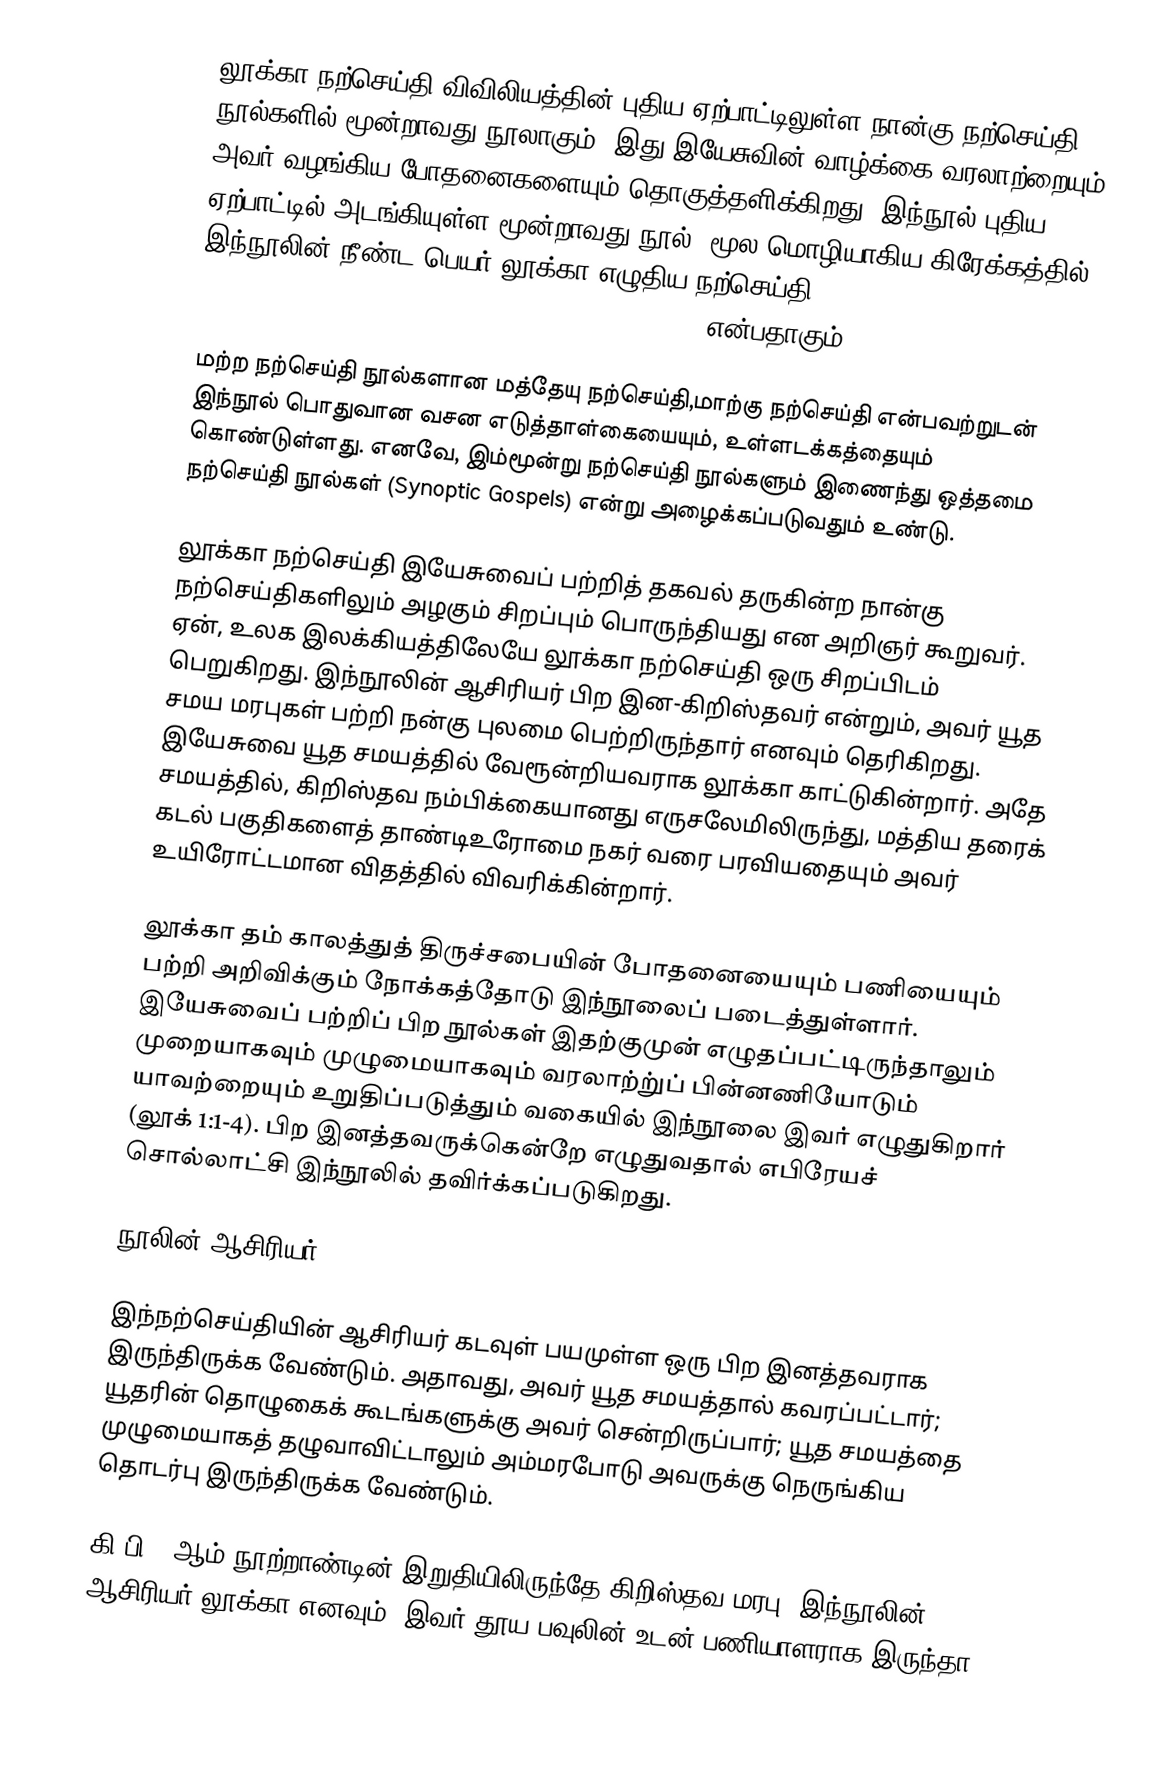
லூக்கா நற்செய்தி விவிலியத்தின் புதிய ஏற்பாட்டிலுள்ள நான்கு நற்செய்தி நூல்களில் மூன்றாவது நூலாகும். இது இயேசுவின் வாழ்க்கை வரலாற்றையும் அவர் வழங்கிய போதனைகளையும் தொகுத்தளிக்கிறது. இந்நூல் புதிய ஏற்பாட்டில் அடங்கியுள்ள மூன்றாவது நூல். மூல மொழியாகிய கிரேக்கத்தில் இந்நூலின் நீண்ட பெயர் லூக்கா எழுதிய நற்செய்தி, Κατὰ Λουκᾶν εὐαγγέλιον(Kata Loukan Euangelion = The Gospel according to Luke), என்பதாகும்.

மற்ற நற்செய்தி நூல்களான மத்தேயு நற்செய்தி,மாற்கு நற்செய்தி என்பவற்றுடன் இந்நூல் பொதுவான வசன எடுத்தாள்கையையும், உள்ளடக்கத்தையும் கொண்டுள்ளது. எனவே, இம்மூன்று நற்செய்தி நூல்களும் இணைந்து ஒத்தமை நற்செய்தி நூல்கள் (Synoptic Gospels)  என்று அழைக்கப்படுவதும் உண்டு.

லூக்கா நற்செய்தி இயேசுவைப் பற்றித் தகவல் தருகின்ற நான்கு நற்செய்திகளிலும் அழகும் சிறப்பும் பொருந்தியது என அறிஞர் கூறுவர். ஏன், உலக இலக்கியத்திலேயே லூக்கா நற்செய்தி ஒரு சிறப்பிடம் பெறுகிறது. இந்நூலின் ஆசிரியர் பிற இன-கிறிஸ்தவர் என்றும், அவர் யூத சமய மரபுகள் பற்றி நன்கு புலமை பெற்றிருந்தார் எனவும் தெரிகிறது. இயேசுவை யூத சமயத்தில் வேரூன்றியவராக லூக்கா காட்டுகின்றார். அதே சமயத்தில், கிறிஸ்தவ நம்பிக்கையானது எருசலேமிலிருந்து, மத்திய தரைக் கடல் பகுதிகளைத் தாண்டிஉரோமை நகர் வரை பரவியதையும் அவர் உயிரோட்டமான விதத்தில் விவரிக்கின்றார்.

லூக்கா தம் காலத்துத் திருச்சபையின் போதனையையும் பணியையும் பற்றி அறிவிக்கும் நோக்கத்தோடு இந்நூலைப் படைத்துள்ளார். இயேசுவைப் பற்றிப் பிற நூல்கள் இதற்குமுன் எழுதப்பட்டிருந்தாலும் முறையாகவும் முழுமையாகவும் வரலாற்று்ப் பின்னணியோடும் யாவற்றையும் உறுதிப்படுத்தும் வகையில் இந்நூலை இவர் எழுதுகிறார் (லூக் 1:1-4). பிற இனத்தவருக்கென்றே எழுதுவதால் எபிரேயச் சொல்லாட்சி இந்நூலில் தவிர்க்கப்படுகிறது.

நூலின் ஆசிரியர்

இந்நற்செய்தியின் ஆசிரியர் கடவுள் பயமுள்ள ஒரு பிற இனத்தவராக இருந்திருக்க வேண்டும். அதாவது, அவர் யூத சமயத்தால் கவரப்பட்டார்; யூதரின் தொழுகைக் கூடங்களுக்கு அவர் சென்றிருப்பார்; யூத சமயத்தை முழுமையாகத் தழுவாவிட்டாலும் அம்மரபோடு அவருக்கு நெருங்கிய தொடர்பு இருந்திருக்க வேண்டும்.

கி.பி. 2ஆம் நூற்றாண்டின் இறுதியிலிருந்தே கிறிஸ்தவ மரபு, இந்நூலின் ஆசிரியர் லூக்கா எனவும், இவர் தூய பவுலின் உடன் பணியாளராக இருந்தா